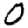
Digit: 0